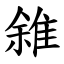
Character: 雓